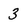
Character: 3